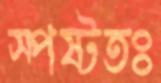
স্পষ্টতঃ